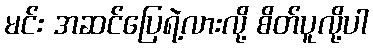
မင်း အဆင်ပြေရဲ့လားလို့ စိတ်ပူလို့ပါ